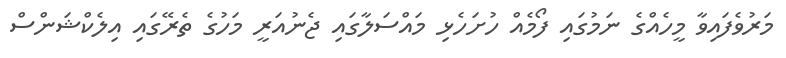
މަރުވެފައިވާ މީހެއްގެ ނަމުގައި ފޯމެއް ހުށަހެޅި މައްސަލާގައި ޖެނުއަރީ މަހުގެ ތެރޭގައި އިލެކްޝަންސް